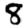
Digit: 8